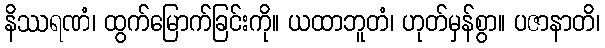
နိဿရဏံ၊ ထွက်မြောက်ခြင်းကို။ ယထာဘူတံ၊ ဟုတ်မှန်စွာ။ ပဇာနာတိ၊